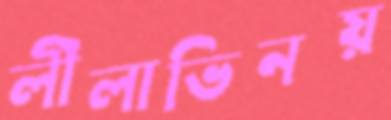
লীলাভিনয়